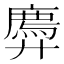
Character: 𫸠